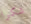
شكرا